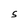
Character: S